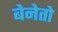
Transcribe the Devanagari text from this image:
बेनेतो